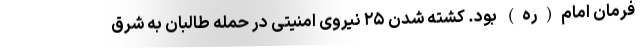
فرمان امام(ره) بود. کشته شدن ۲۵ نیروی امنیتی در حمله طالبان به شرق